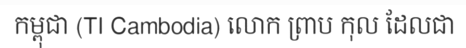
កម្ពុជា (TI Cambodia) លោក ព្រាប កុល ដែលជា